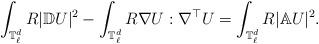
LaTeX: \begin{align*}\int_{\mathbb T^d_{\ell}} R |\mathbb D U|^2 - \int_{\mathbb T^d_{\ell}} R \nabla U:\nabla^{\top} U = \int_{\mathbb T^d_{\ell}}R |\mathbb A U|^2.\end{align*}